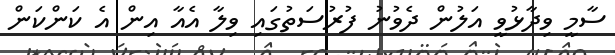
ސާމީ ވިދާޅުވީ އަލުން ދެވުނު ފުރުސަތުގައި ވިލާ އެއާ އިން އެ ކަންކަން